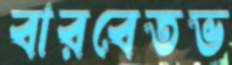
বারবেতভ